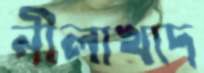
নীলাখাদ